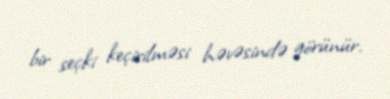
bir seçki keçirilməsi həvəsində görünür.